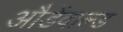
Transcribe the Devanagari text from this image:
औडेंवाल्ड